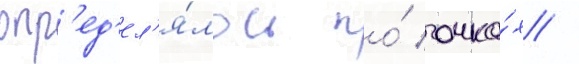
опр'ед'ел'я́лось по́ очка́х /